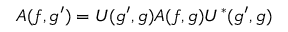
A ( f , g ^ { \prime } ) = U ( g ^ { \prime } , g ) A ( f , g ) U ^ { * } ( g ^ { \prime } , g )